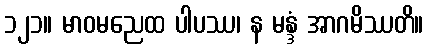
၁၂၁။ မာဝမညေထ ပါပဿ၊ န မန္ဒံ အာဂမိဿတိ။